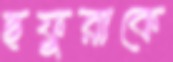
ছফুরাকে